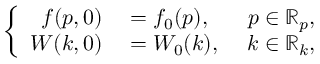
\left\{ \begin{array} { r l r } { f ( p , 0 ) } & { { } = f _ { 0 } ( p ) , \ } & { p \in \mathbb { R } _ { p } , } \\ { W ( k , 0 ) } & { { } = W _ { 0 } ( k ) , \ } & { k \in \mathbb { R } _ { k } , } \end{array} \right.